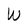
Character: W